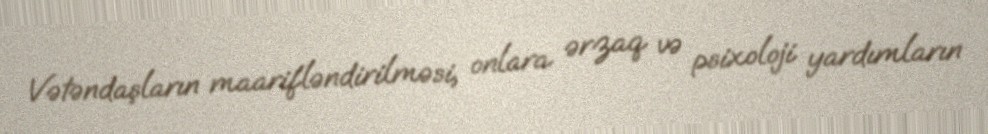
Vətəndaşların maarifləndirilməsi, onlara ərzaq və psixoloji yardımların